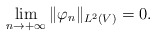
\begin{align*} \lim_{n \to + \infty} \Vert \varphi_n \Vert_{L^2(V)} = 0.\end{align*}